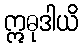
ဣဓုဒါယိ